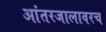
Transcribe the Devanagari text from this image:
आंतरजालावरच